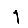
Digit: 1